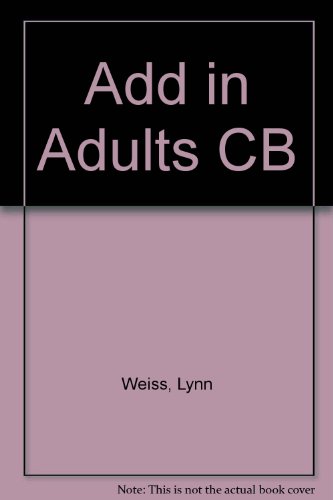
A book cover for Attention Deficit Disorder in Adults; Lynn Weiss; Parenting & Relationships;